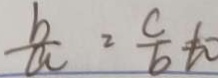
\frac { b } { a } = \frac { c } { b } \neq 0